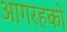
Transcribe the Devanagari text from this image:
आगरहको